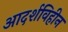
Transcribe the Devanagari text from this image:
आदर्शविहीन